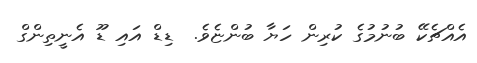
އެއްޗެކޭ ބުނުމުގެ ކުރިން ހަޔާ ބުންޏެވެ.  ޑިޑް އައި ޑޫ އެނީތިންގް